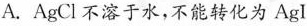
A.AgCl不溶于水，不能转化为AgI